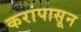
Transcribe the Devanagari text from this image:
करांपासून